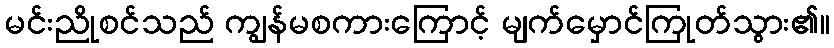
မင်းညိုစင်သည် ကျွန်မစကားကြောင့် မျက်မှောင်ကြုတ်သွား၏။